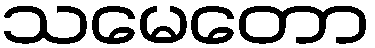
သမေတော